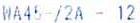
WA45 /2A - 12